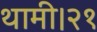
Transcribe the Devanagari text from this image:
थामी।२१